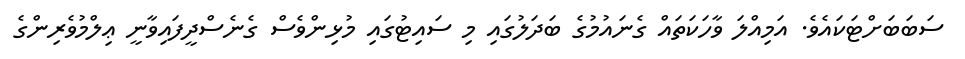
ސަބަބަށްޓަކައެެވެ. އަމިއްލަ ވާހަކަތައް ގެނައުމުގެ ބަދަލުގައި މި ސައިޓުގައި މުޅިންވެސް ގެނެސްދީފައިވާނީ ޢިލްމުވެރިންގެ